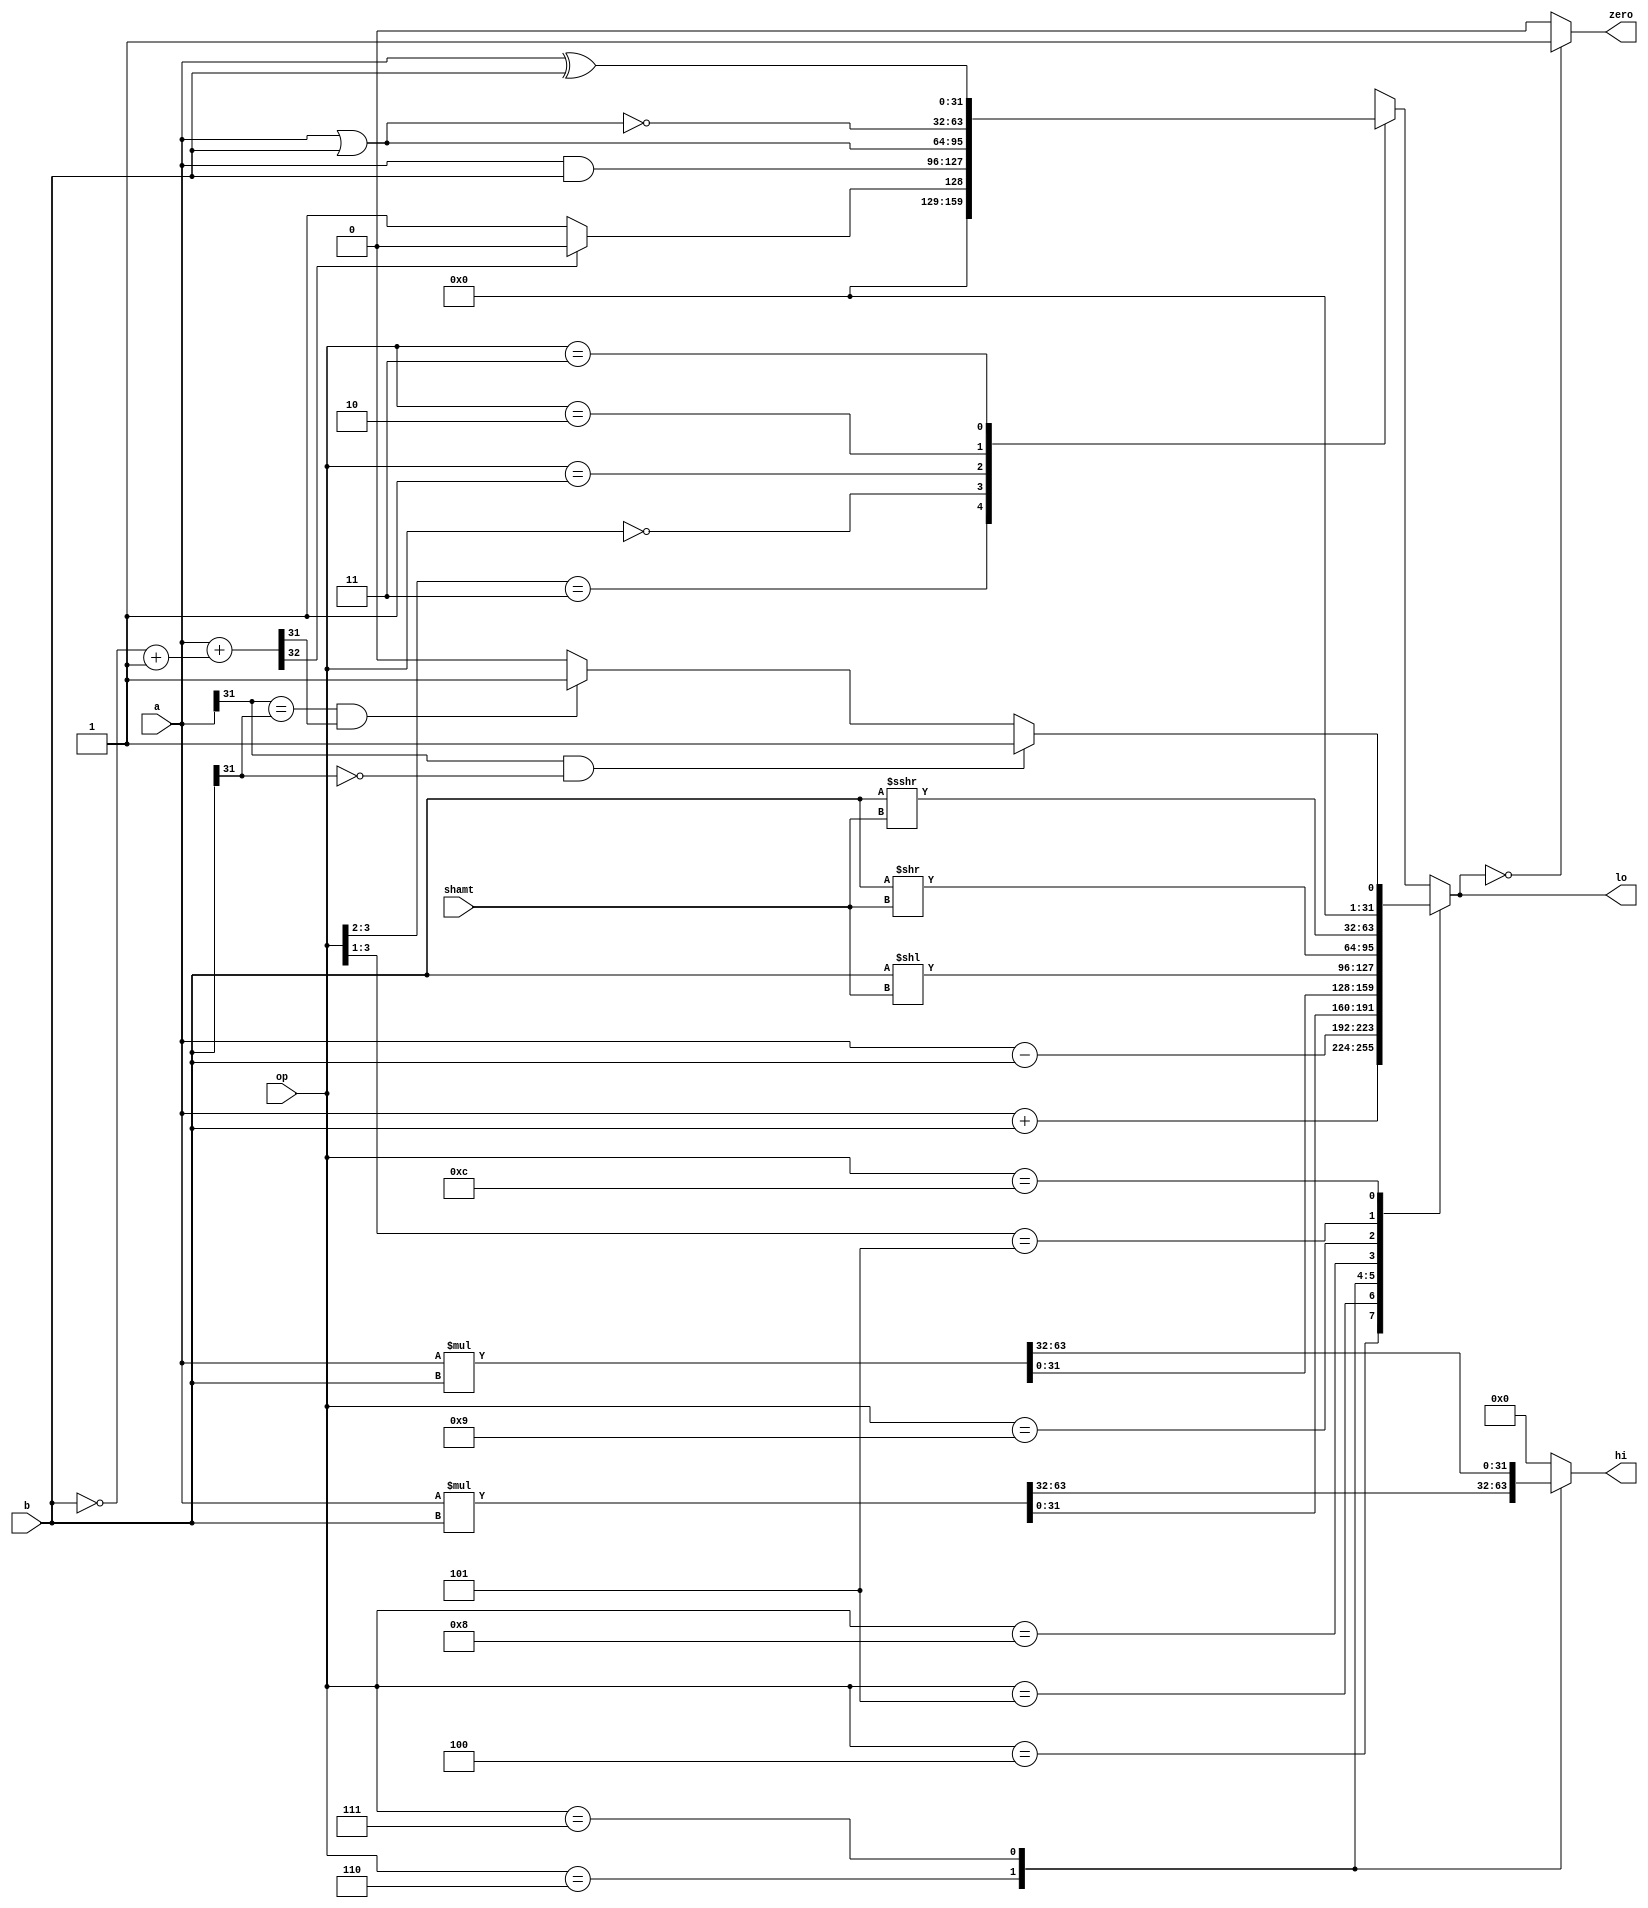

module alu (input [31:0] a,b, input[3:0] op, input [4:0] shamt, output reg [31:0] hi, lo, output reg zero);


	wire [32:0] diff = {1'b0,a}+{1'b0,~b+32'b1};

	always @(*) begin
		hi <= 0;
		//lo <= 0;
		zero <= 0;
		if (lo==0) zero <= 1;
		casez (op)
			// arithmetic operations
			4'b01_00: lo <= a+b; // add
			4'b01_01: lo <= a-b; // sub
			4'b01_10: begin
				{hi,lo} <= $signed(a)*$signed(b); // mult signed
				end
			4'b01_11: begin // mult unsigned
				{hi,lo} <= a*b;
				end
			// shifter operations
			4'b10_00: lo <= b << shamt; // sll
			4'b10_01: lo <= b >> shamt; // srl
			4'b10_1?: lo <= $signed(b) >>> shamt; //sra
			// comparison operations
			4'b11_00: // slt
				if (a[31] & ~b[31]) lo <= 32'b1; // a neg, b pos
				else if (a[31] == b[31] & diff[31]) lo <= 32'b1; // same sign, diff is neg
				else lo <= 0;
	  
			4'b11_??: if (~diff[32]) lo <= 32'b1; // sltu
				else lo <= 0;
			// logical operations
			4'b00_00: lo <= a & b; // and
			4'b00_01: lo <= a | b; // or
			4'b00_10: lo <= ~(a | b); // nor
			4'b00_11: lo <= a ^ b; // xor
			default: lo <= 32'b0;
		endcase
	end // always

endmodule